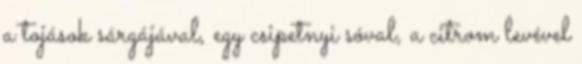
a tojások sárgájával, egy csipetnyi sóval, a citrom levével